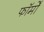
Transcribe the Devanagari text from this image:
फाॅर्मों